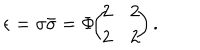
LaTeX: \epsilon = \sigma \bar { \sigma } = \Phi \! \! \left( \! \! \begin{array} { c c } { { 2 } } & { { 2 } } \\ { { 2 } } & { { 2 } } \\ \end{array} \! \! \right) .